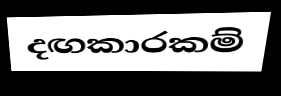
දඟකාරකම්